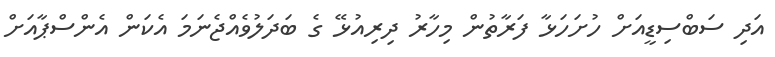
އަދި ސަބްސިޑީއަށް ހުށަހަޅާ ފަރާތުން މިހާރު ދިރިއުޅޭ ގެ ބަދަލުވެއްޖެނަމަ އެކަން އެންސްޕާއަށް